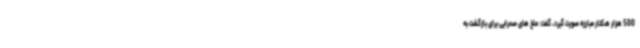
500 هزار هکتار مبارزه صورت گیرد، گفت: ملخ های صحرایی برای بازگشت به